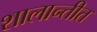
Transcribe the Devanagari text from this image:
शालान्तीत